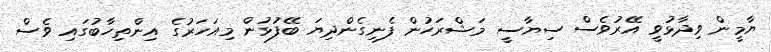
ޔާމީން ވިދާޅުވީ އޭރުވެސް ސިޔާސީ މަޝްރަހުން ފެނިގެންދިޔަ ބޭފުޅުން މިއަހަރުގެ އިންތިހާބުގައި ވެސް